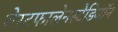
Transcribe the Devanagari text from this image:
वेस्टफालेनस्टेडियॉन